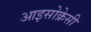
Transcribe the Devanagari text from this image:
आइसोक्रेसी